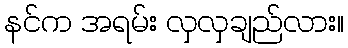
နင်က အရမ်း လှလှချည်လား။